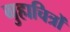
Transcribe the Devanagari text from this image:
गुहाचित्रों